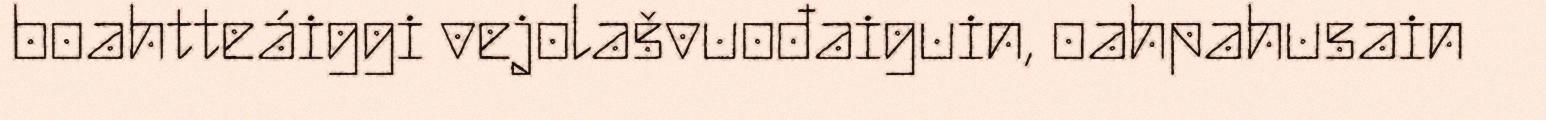
boahtteáiggi vejolašvuođaiguin, oahpahusain